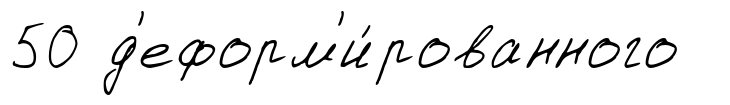
50 д'еформ'и́рованного